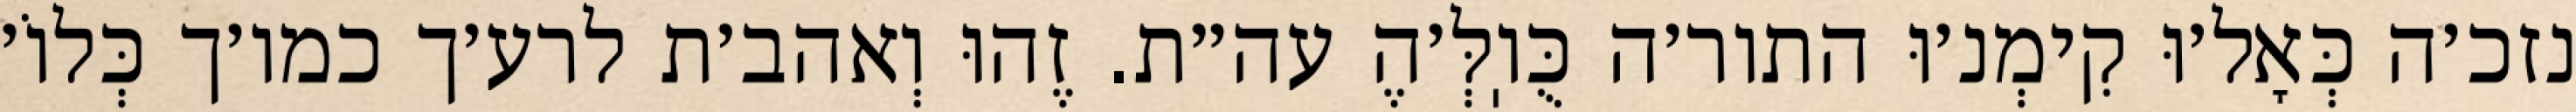
נזכ׳ה כְּאָל׳וּ קִימְנ׳וּ התור׳ה כֻּוֽלְּ׳הֶ עה״ת. זֶהוּ וְאהב׳ת לרע׳ך כמו׳ך כְּלוֹ׳